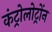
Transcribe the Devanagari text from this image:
कंट्रोलोट्रोंन